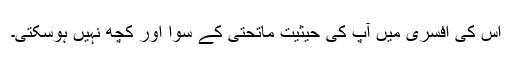
اس کی افسری میں آپ کی حیثیت ماتحتی کے سوا اور کچھ نہیں ہوسکتی۔